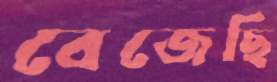
বেজেছি